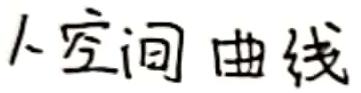
1. 空间曲线